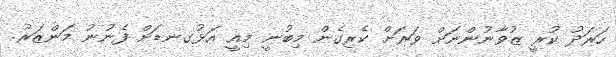
ހަރަދު ކުރީ ޒުވާނުންނަށް ވަރަށް ކެރިގެން މިބުނީ މިއީ އަޅުގނޑަށް ފެނުނު މަންޒަރު.